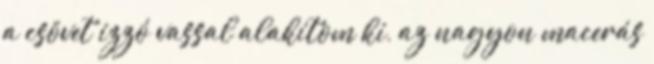
a csövet izzó vassal alakítom ki, az nagyon macerás